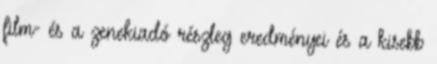
film- és a zenekiadó részleg eredményei és a kisebb